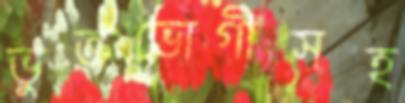
ভুক্তভোগীসহ